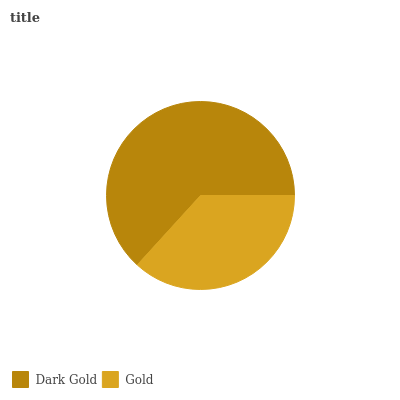
| Dark Gold | Gold |
 | --- | --- |
 | 63.2% | 36.8% |